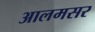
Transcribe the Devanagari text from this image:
आलमसर